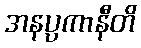
အနပ္ပကာနီတိ